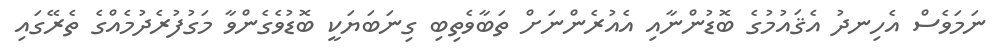
ނަމަވެސް އެހިނދު އެޤައުމުގެ ބޮޑުންނާއި އެއުރެންނަށް ތަބާވެތިބި ގިނަބަޔަކީ ބޮޑުވެގެންވާ މަގުފުރެދުމެއްގެ ތެރޭގައި